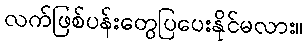
လက်ဖြစ်ပန်းတွေပြပေးနိုင်မလား။